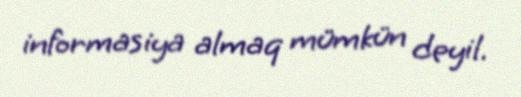
informasiya almaq mümkün deyil.